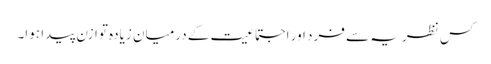
کس نظریہ سے فرد اور اجتماعیت کے درمیان زیادہ توازن پیدا ہوا۔